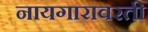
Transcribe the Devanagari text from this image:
नायगारावरती